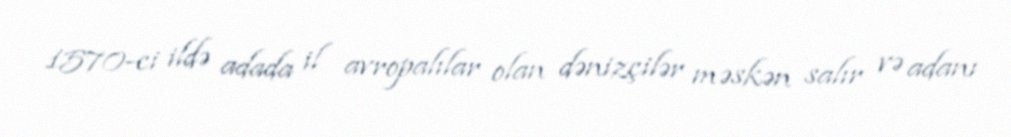
1570-ci ildə adada il avropalılar olan dənizçilər məskən salır və adanı